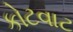
કોટવાટ